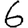
Digit: 6